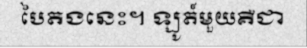
បៃតងនេះ។ ឡូត៍មួយគឺជា